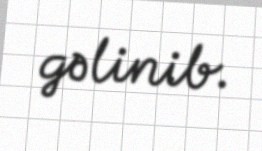
gəlinib.